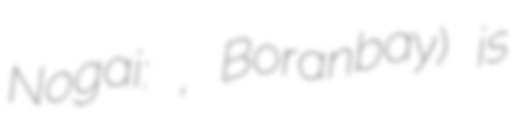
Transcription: Nogai: Боранбай, Boranbay) is